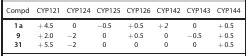
| Compd | CYP121 | CYP124 | CYP125 | CYP126 | CYP142 | CYP143 | CYP144 |
 | --- | --- | --- | --- | --- | --- | --- | --- |
 | 1 a | +4.5 | 0 | −0.5 | +0.5 | +2 | 0 | +0.5 |
 | 9 | +2.0 | −2 | 0 | +0.5 | 0 | −0.5 | +0.5 |
 | 31 | +5.5 | −2 | 0 | 0 | 0 | 0 | +0.5 |